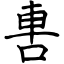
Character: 軎